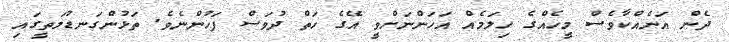
ދެން އަނެއްކާވެސް މީހެއްގެ ހިލަމެއް އަހަންނަށްވީ އޭގެ ހަތް ދުވަސް ފަހުންނެވެ. ތަޅުންގަނޑުމަތީގައި